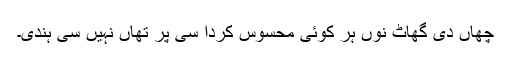
چھاں دی گھاٹ نوں ہر کوئی محسوس کردا سی پر تھاں نہیں سی ہُندی۔